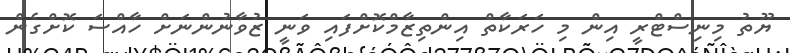
ޔޫތު މިނިސްޓްރީ އިން މި ހަރަކާތް އިންތިޒާމްކޮށްފައި ވަނީ ޒުވާނުންނަަށް ހާއްސަ ކޮށްގެން